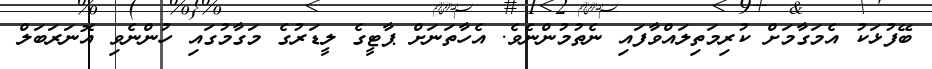
ބޭފުޅަކު އެމަގާމަށް ކުރިމަތިލައްވާފައި ނެތުމުންނެވެ. އެހާތަނަށް ޕާޓީގެ ލީޑަރުގެ މަގާމުގައި ހުންނެވި އޮނަރަބަލް